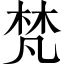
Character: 梵